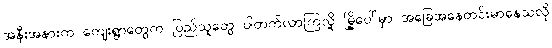
အနီးအနားက ကျေးရွာတွေက ပြည်သူတွေ ပါတက်လာကြလို့ မြို့ပေါ်မှာ အခြေအနေတင်းမာနေသလို